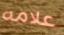
علامه